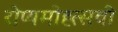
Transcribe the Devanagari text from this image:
रोप्यमोह्त्सवी